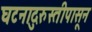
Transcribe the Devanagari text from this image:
घटनादुरुस्तीपासून